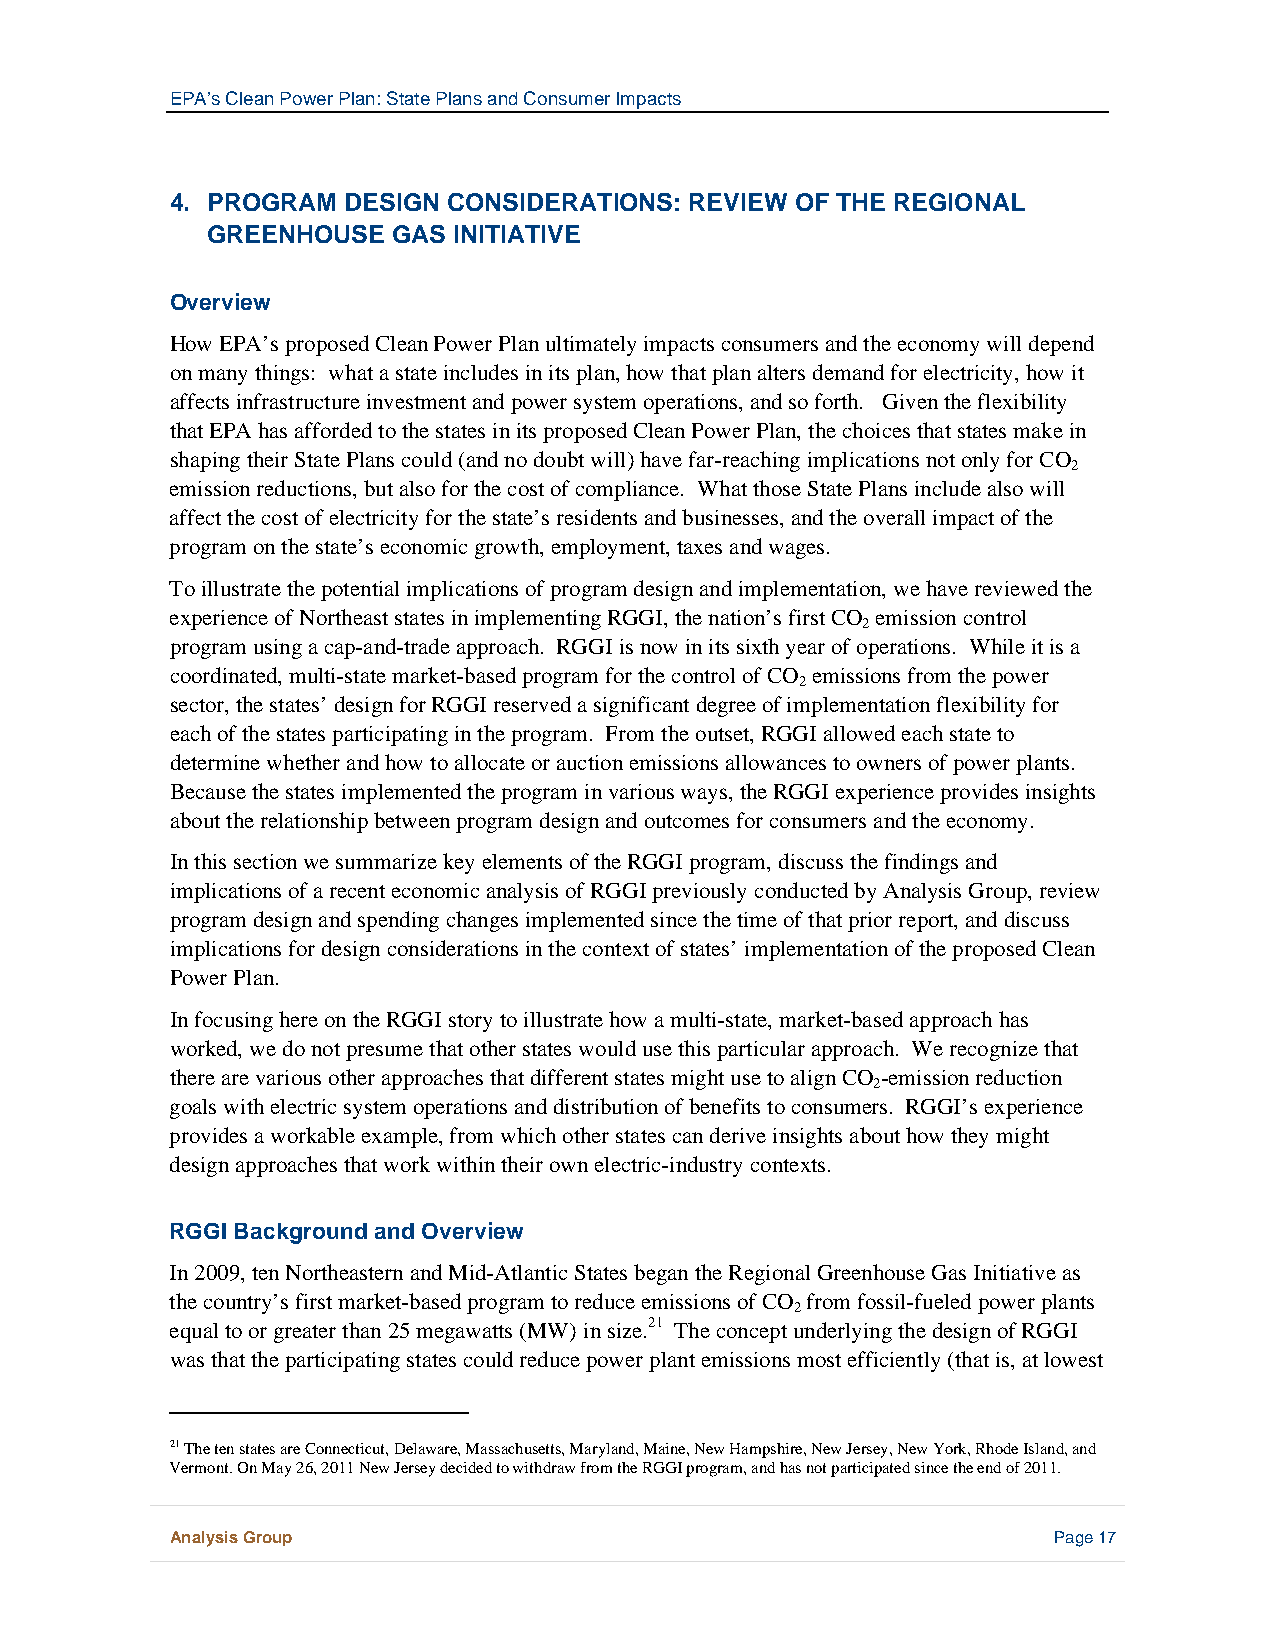
EPA’s Clean Power Plan: State Plans and Consumer Impacts
 4. PROGRAM  DESIGN CONSIDERATIONS: REVIEW OF THE REGIONAL
 GREENHOUSE  GAS INITIATIVE
 Overview
 How EPA’s proposed Clean Power Plan ultimately impacts consumers and the economy will depend
 on many things: what a state includes in its plan, how that plan alters demand for electricity, how it
 affects infrastructure investment and power system operations, and so forth. Given the flexibility
 that EPA has afforded to the states in its proposed Clean Power Plan, the choices that states make in
 shaping their State Plans could (and no doubt will) have far-reaching implications not only for CO
 2
 emission reductions, but also for the cost of compliance. What those State Plans include also will
 affect the cost of electricity for the state’s residents and businesses, and the overall impact of the
 program on the state’s economic growth, employment, taxes and wages.
 To illustrate the potential implications of program design and implementation, we have reviewed the
 experience of Northeast states in implementing RGGI, the nation’s first CO emission control
 2
 program using a cap-and-trade approach. RGGI is now in its sixth year of operations. While it is a
 coordinated, multi-state market-based program for the control of CO emissions from the power
 2
 sector, the states’ design for RGGI reserved a significant degree of implementation flexibility for
 each of the states participating in the program. From the outset, RGGI allowed each state to
 determine whether and how to allocate or auction emissions allowances to owners of power plants.
 Because the states implemented the program in various ways, the RGGI experience provides insights
 about the relationship between program design and outcomes for consumers and the economy.
 In this section we summarize key elements of the RGGI program, discuss the findings and
 implications of a recent economic analysis of RGGI previously conducted by Analysis Group, review
 program design and spending changes implemented since the time of that prior report, and discuss
 implications for design considerations in the context of states’ implementation of the proposed Clean
 Power Plan.
 In focusing here on the RGGI story to illustrate how a multi-state, market-based approach has
 worked, we do not presume that other states would use this particular approach. We recognize that
 there are various other approaches that different states might use to align CO -emission reduction
 2
 goals with electric system operations and distribution of benefits to consumers. RGGI’s experience
 provides a workable example, from which other states can derive insights about how they might
 design approaches that work within their own electric-industry contexts.
 RGGI Background and Overview
 In 2009, ten Northeastern and Mid-Atlantic States began the Regional Greenhouse Gas Initiative as
 the country’s first market-based program to reduce emissions of CO from fossil-fueled power plants
 2
 equal to or greater than 25 megawatts (MW) in size.21 The concept underlying the design of RGGI
 was that the participating states could reduce power plant emissions most efficiently (that is, at lowest
 21 The ten states are Connecticut, Delaware, Massachusetts, Maryland, Maine, New Hampshire, New Jersey, New York, Rhode Island, and
 Vermont. On May 26, 2011 New Jersey decided to withdraw from the RGGI program, and has not participated since the end of 2011.
 Analysis Group                                             Page 17